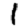
Digit: 1